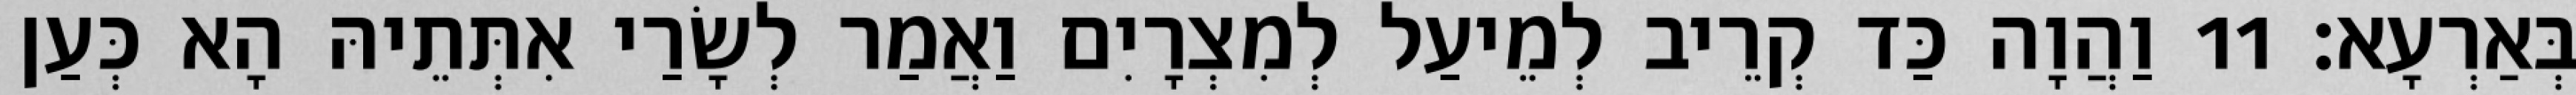
בְּאַרְעָא׃ 11 וַהֲוָה כַּד קְרֵיב לְמֵיעַל לְמִצְרָיִם וַאֲמַר לְשָׂרַי אִתְּתֵיהּ הָא כְּעַן